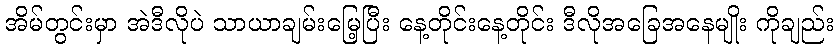
အိမ်တွင်းမှာ အဲဒီလိုပဲ သာယာချမ်းမြေ့ပြီး နေ့တိုင်းနေ့တိုင်း ဒီလိုအခြေအနေမျိုး ကိုချည်း